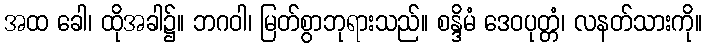
အထ ခေါ၊ ထိုအခါ၌။ ဘဂဝါ၊ မြတ်စွာဘုရားသည်။ စန္ဒိမံ ဒေဝပုတ္တံ၊ လနတ်သားကို။